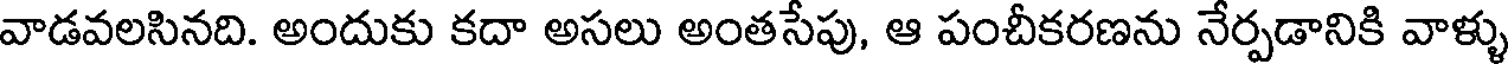
వాడవలసినది. అందుకు కదా అసలు అంతసేపు, ఆ పంచీకరణను నేర్పడానికి వాళ్ళు